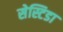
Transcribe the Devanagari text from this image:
सेस्टिडा